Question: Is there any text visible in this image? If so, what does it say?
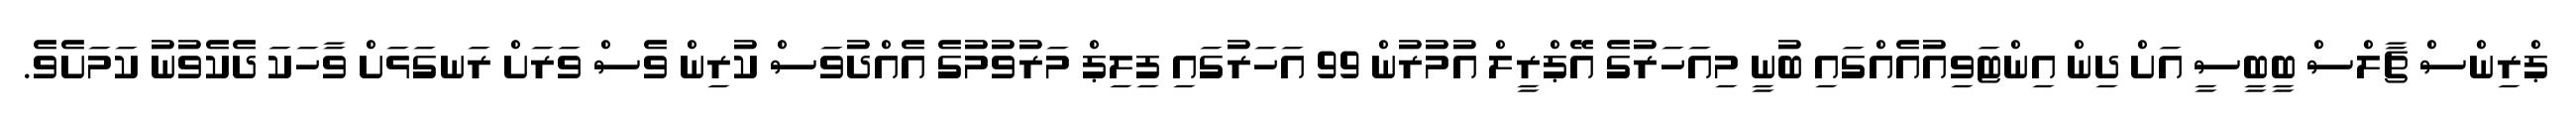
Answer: ޕްރިންސް ޗާލްސް ބީބީސީ އަށް ދިން އިންޓަވިއުއެއްގައި ބުނީ މިއަހަރުގެ އޭޕްރީލް އުމުރުން 99 އަހަރުގައި ފިލިޕް މަރުވުމުގެ އެއްދުވަސް ކުރިން ވެސް ވަރަށް ރަނގަޅަށް ވާހަކަ ދެކެވުނު ކަމަށެވެ.